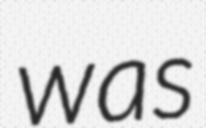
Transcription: was